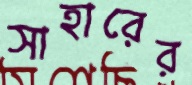
সাহারের